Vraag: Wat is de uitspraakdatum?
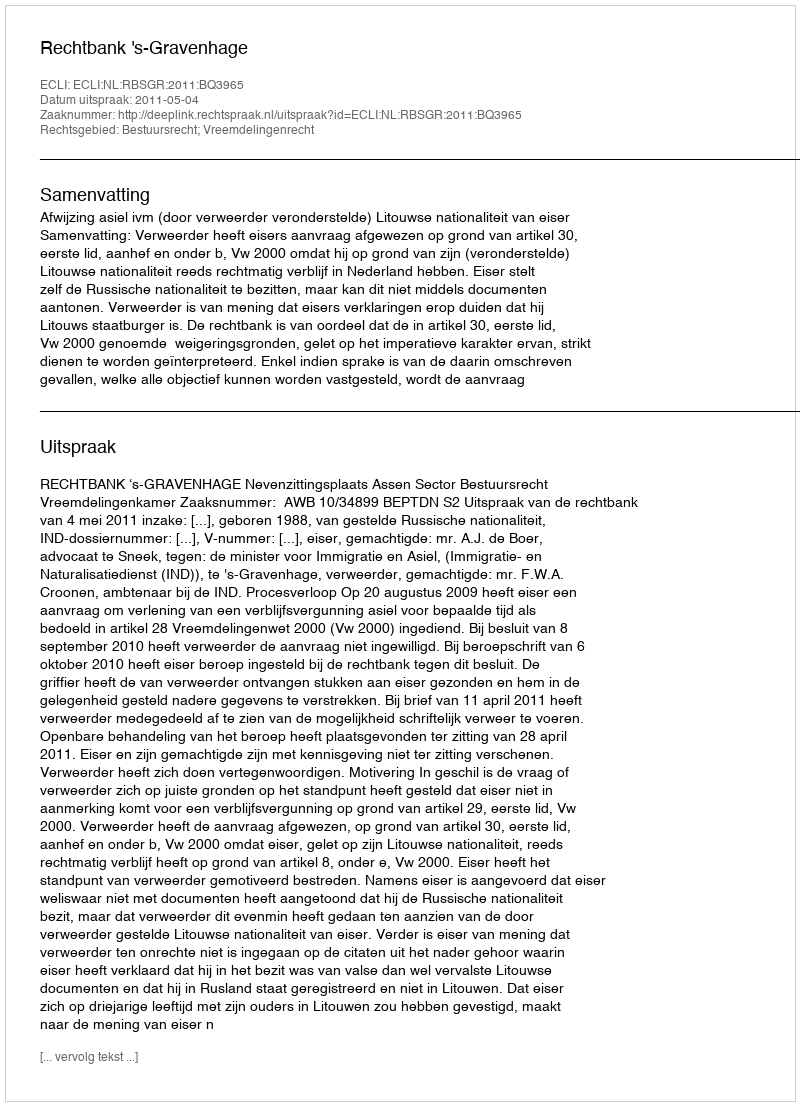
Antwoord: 2011-05-04